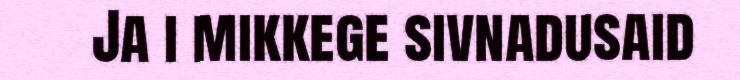
Ja i mikkege sivnadusaid